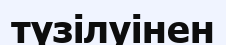
түзілуінен